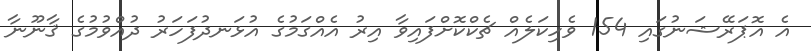
އެ އޮޕަރޭޝަނުގައި 154 ވެހިކަލެއް ޗެކްކޮށްފައިވާ އިރު އެއްގަމުގެ އުޅަނދުފަހަރު ދުއްވުމުގެ ޤާނޫނާ